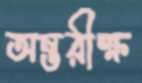
অন্তরীক্ষ